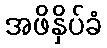
အဖိနှိပ်ခံ